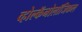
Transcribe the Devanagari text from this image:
व्होल्कॅनोलॉजिकल